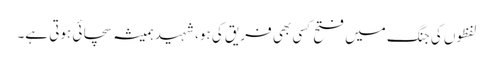
لفظوں کی جنگ میں فتح کسی بھی فریق کی ہو، شہید ہمیشہ سچائی ہوتی ہے۔